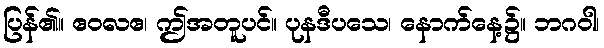
ပြန်၏။ ဧဝလဧ၊ ဤအတူပင်။ ပုနဒီပသေ၊ နောက်နေ့၌။ ဘဂဝါ၊